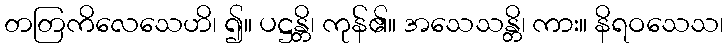
တတြကိလေသေဟိ၊ ၍။ ပဋ္ဌန္တိ၊ ကုန်၏။ အသေသန္တိ၊ ကား။ နိရဝသေသ၊